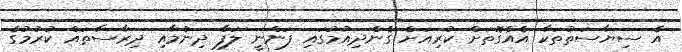
އެ ސިޔާސަތުތަކާ އެއްގޮތަށް ކުރިއަށް ގެންދިއުމުގައި ފަންނީ ލަފާ ދިނުމާއި ދިރާސާތައް ކުރުމުގެ